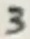
Text: 3